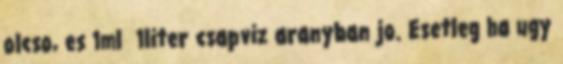
olcso, es 1ml 1liter csapviz aranyban jo. Esetleg ha ugy